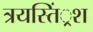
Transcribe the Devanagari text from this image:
त्रयस्तिं्रश